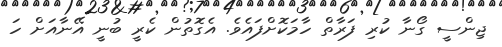
ޖިންސީ ގޯނާ ކުރި ފަރާތް ހާމަކޮށްފައެވެ. އެގޮތުން ކެރީ ބުނީ އޭނާއަށް ހަ